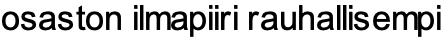
osaston ilmapiiri rauhallisempi